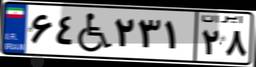
۷۹W۶۱۸۰۲